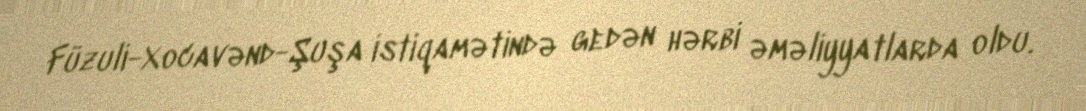
Füzuli-Xocavənd-Şuşa istiqamətində gedən hərbi əməliyyatlarda oldu.